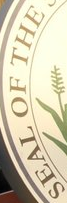
SEAL OF THE